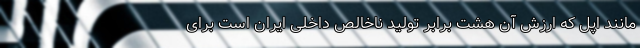
مانند اپل که ارزشِ آن هشت برابر تولید ناخالص داخلی ایران است برای